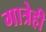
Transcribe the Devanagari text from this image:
गात्रेही